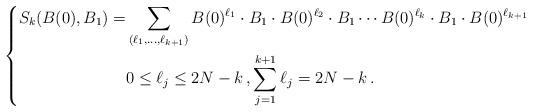
LaTeX: \begin{align*} \left\{\begin{aligned}S_k(B(0),B_1)= & \sum_{(\ell_1,\ldots,\ell_{k+1})} B(0)^{\ell_1} \cdot B_1 \cdot B(0)^{\ell_2} \cdot B_1 \cdots B(0)^{\ell_k} \cdot B_1 \cdot B(0)^{\ell_{k+1}}\\&0\le \ell_j\le2N-k\,, \sum_{j=1}^{k+1} \ell_j = 2N-k\,.\end{aligned}\right.\end{align*}